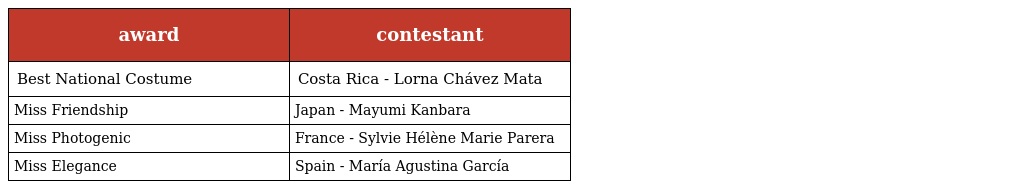
| award | contestant |
 | --- | --- |
 | Best National Costume | Costa Rica - Lorna Chávez Mata |
 | Miss Friendship | Japan - Mayumi Kanbara |
 | Miss Photogenic | France - Sylvie Hélène Marie Parera |
 | Miss Elegance | Spain - María Agustina García |